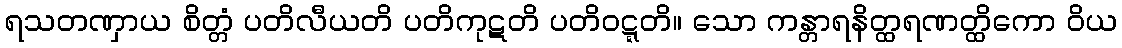
ရသတဏှာယ စိတ္တံ ပတိလီယတိ ပတိကုဋတိ ပတိဝဋ္ဋတိ။ သော ကန္တာရနိတ္ထရဏတ္ထိကော ဝိယ